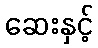
ဆေးနှင့်